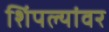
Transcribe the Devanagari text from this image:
शिंपल्यांवर